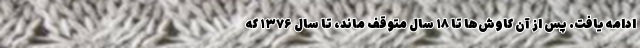
ادامه یافت. پس از آن کاوش‌ها تا ۱۸ سال متوقف ماند، تا سال ۱۳۷۶ که